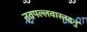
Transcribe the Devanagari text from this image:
नवपल्लवास्तदनु